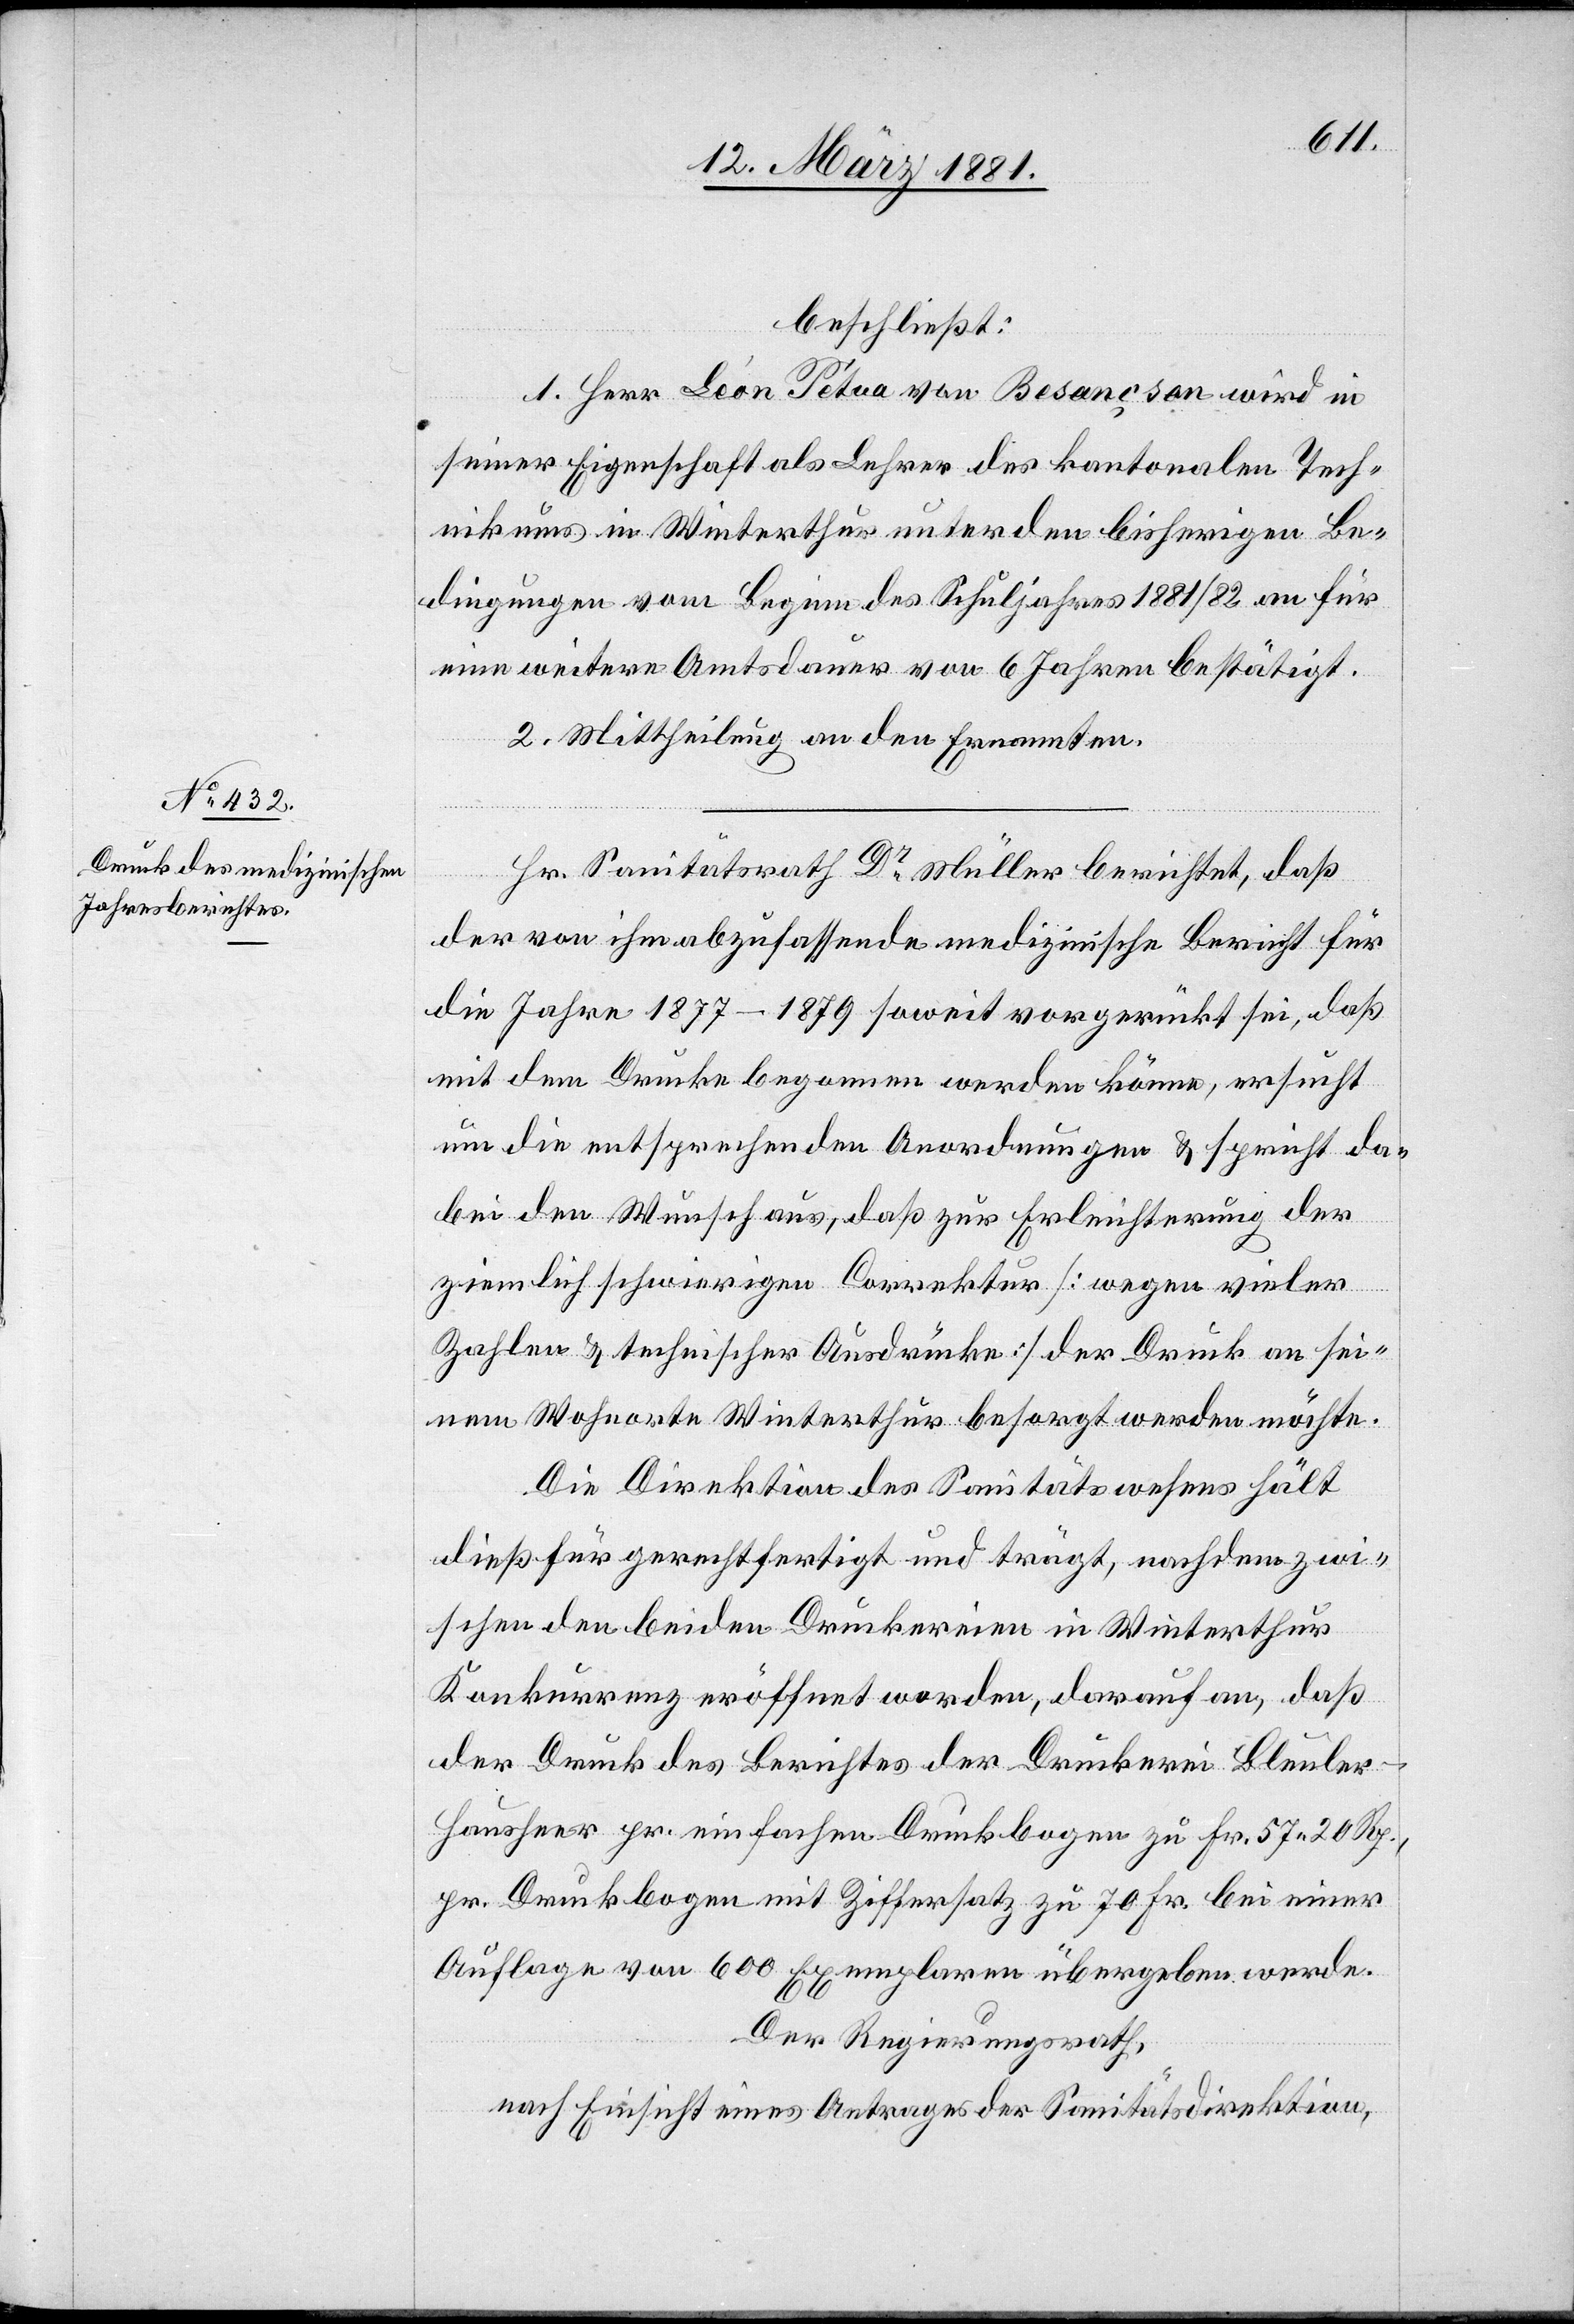
beschließt:
1. Herr Leon Petua von Besançson wird in
seiner Eigenschaft als Lehrer des kantonalen Tech¬
nikums in Winterthur unter den bisherigen Be¬
dingungen vom Beginn des Schuljahres 1881/82 an für
eine weitere Amtsdauer von 6 Jahren bestätigt.
2. Mittheilung an den Ernannten.
Hr. Sanitätsrath Dr Müller berichtet, daß
der von ihm abzufassende medizinische Bericht für
die Jahre 1877–1879 soweit vorgerückt sei, daß
mit dem Drucke begonnen werden könne, ersucht
um die entsprechenden Anordnungen & spricht da¬
bei den Wunsch aus, daß zur Erleichterung der
ziemlich schwierigen Correktur [wegen vieler
Zahlen & technischer Ausdrücke] der Druck an sei¬
nem Wohnorte Winterthur besorgt werden möchte.
Die Direktion des Sanitätswesens hält
dieß für gerechtfertigt und trägt, nachdem zwi¬
schen den beiden Druckereien in Winterthur
Konkurrenz eröffnet worden, darauf an, daß
der Druck des Berichtes der Druckerei Bleuler-H¬
ausheer pr. einfachen Druckbogen zu Fr. 57 20 Rp.,
pr. Druckbogen mit Ziffersatz zu 70 Fr. bei einer
Auflage von 600 Exemplare übergeben werde.
Der Regierungsrath,
nach Einsicht eines Antrages der Sanitätsdirektion,